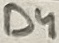
Text: D4